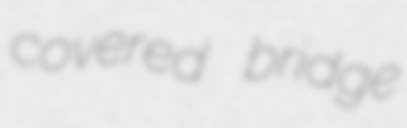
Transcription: covered bridge